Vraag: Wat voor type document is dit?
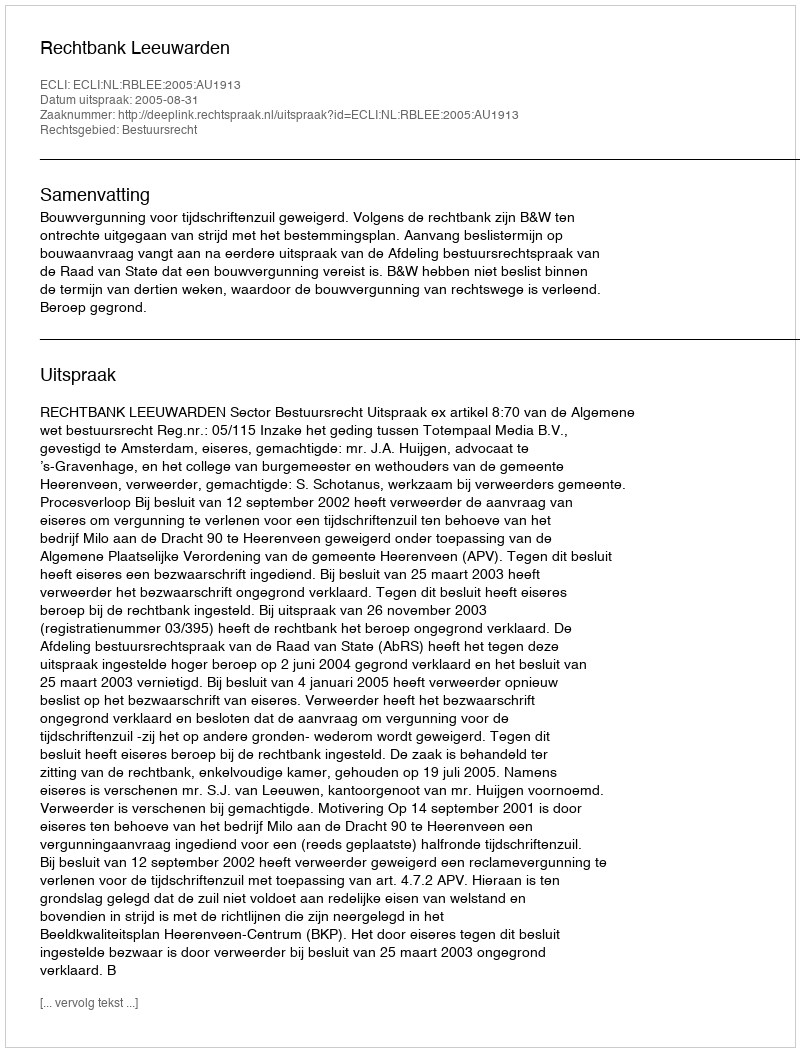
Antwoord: Uitspraak